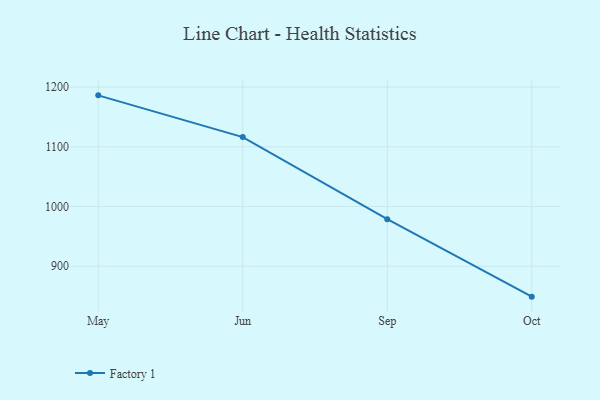
{"axis": {"x": "Month", "y": "Backlog"}, "legend": ["Factory 1"], "data": [{"x": "May", "y": 1186.2, "type": "Factory 1"}, {"x": "Jun", "y": 1116.3, "type": "Factory 1"}, {"x": "Sep", "y": 978.9, "type": "Factory 1"}, {"x": "Oct", "y": 849.1, "type": "Factory 1"}]}